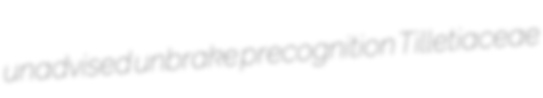
unadvised unbrake precognition Tilletiaceae